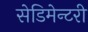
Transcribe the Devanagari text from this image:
सेडिमेन्टरी